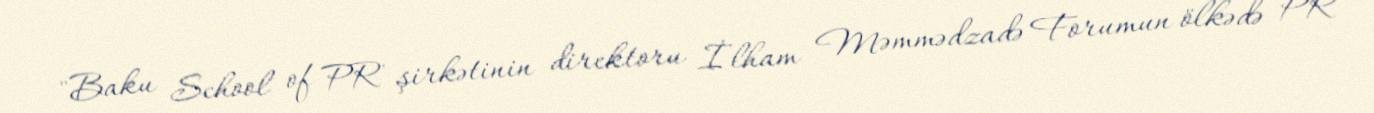
"Baku School of PR" şirkətinin direktoru İlham Məmmədzadə Forumun ölkədə PR